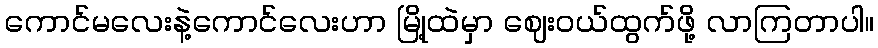
ကောင်မလေးနဲ့ကောင်လေးဟာ မြို့ထဲမှာ ဈေးဝယ်ထွက်ဖို့ လာကြတာပါ။